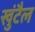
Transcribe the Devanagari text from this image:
खुंटैल